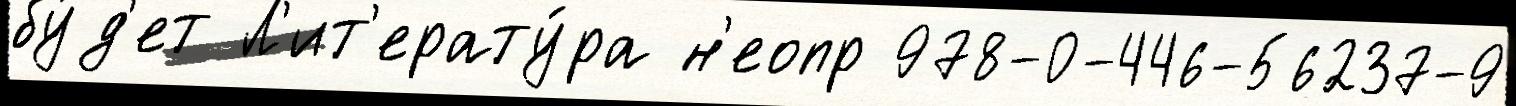
бу́д'ет Л'ит'ерату́ра н'еопр 978-0-446-56237-9